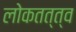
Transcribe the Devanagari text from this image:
लोकतत्त्व